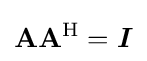
\mathbf {A} \mathbf {A} ^{\mathrm {H} }={\boldsymbol {I}}